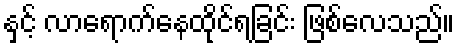
နှင့် လာရောက်နေထိုင်ရခြင်း ဖြစ်လေသည်။